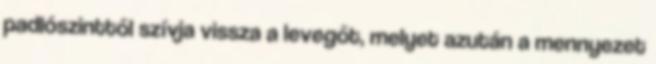
padlószinttől szívja vissza a levegőt, melyet azután a mennyezet